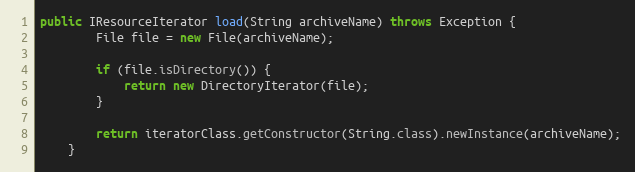
Language: Java
public IResourceIterator load(String archiveName) throws Exception {
        File file = new File(archiveName);

        if (file.isDirectory()) {
            return new DirectoryIterator(file);
        }

        return iteratorClass.getConstructor(String.class).newInstance(archiveName);
    }